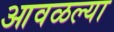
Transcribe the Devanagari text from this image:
आवळल्या